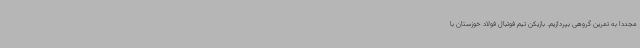
مجددا به تمرین گروهی بپردازیم. بازیکن تیم فوتبال فولاد خوزستان با